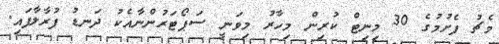
މެޗު ފެށުމުގެ 30 މިނިޓް ކުރިން މިހާރު މިވަނީ ސަޕޯޓަރުންނާއެކު ދަނޑު ފުރާލާފައި.